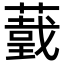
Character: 𦼺